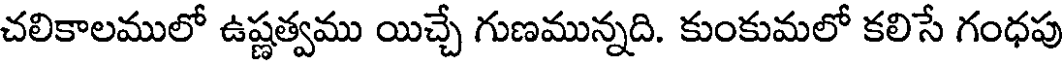
చలికాలములో ఉష్ణత్వము యిచ్చే గుణమున్నది. కుంకుమలో కలిసే గంధపు